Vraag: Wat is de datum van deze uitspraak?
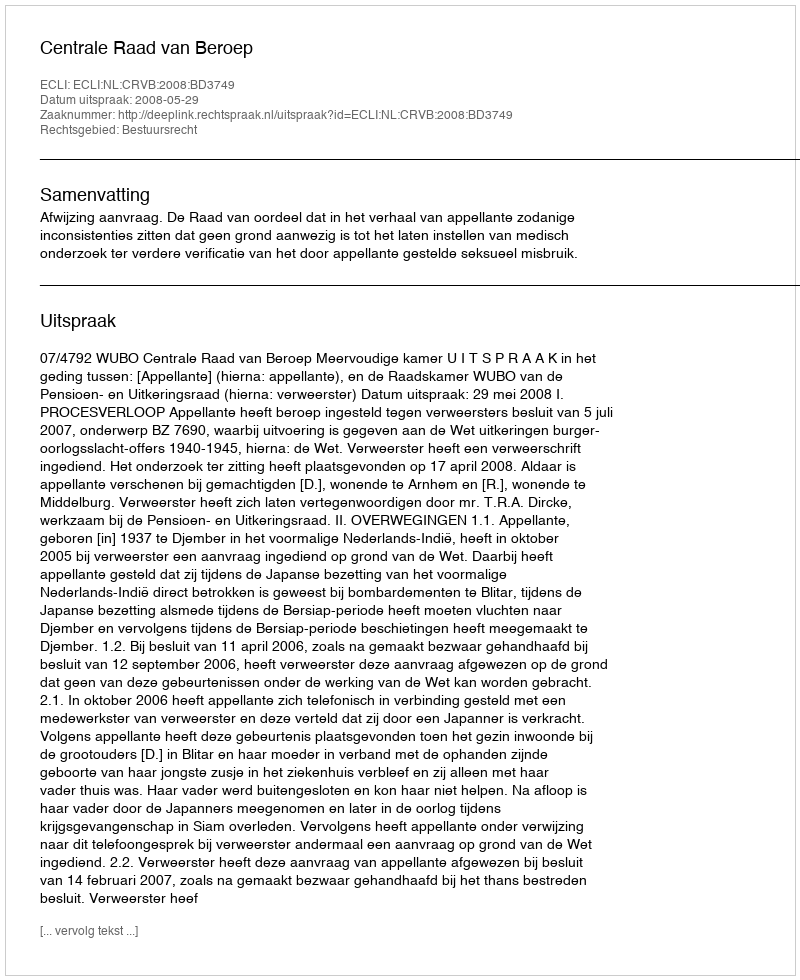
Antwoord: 2008-05-29